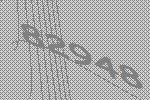
82948